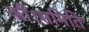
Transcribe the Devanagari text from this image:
की।समिति